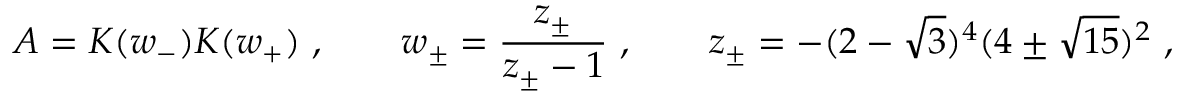
A = K ( w _ { - } ) K ( w _ { + } ) \ , \qquad w _ { \pm } = \frac { z _ { \pm } } { z _ { \pm } - 1 } \ , \qquad z _ { \pm } = - ( 2 - \sqrt { 3 } ) ^ { 4 } ( 4 \pm \sqrt { 1 5 } ) ^ { 2 } \ ,